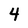
Character: 4